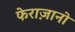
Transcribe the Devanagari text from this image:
फेराज़ानो